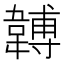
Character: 䪙